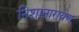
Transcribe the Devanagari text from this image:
निशानारायण